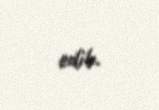
edib.